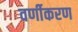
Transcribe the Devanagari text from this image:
वर्णीकरण